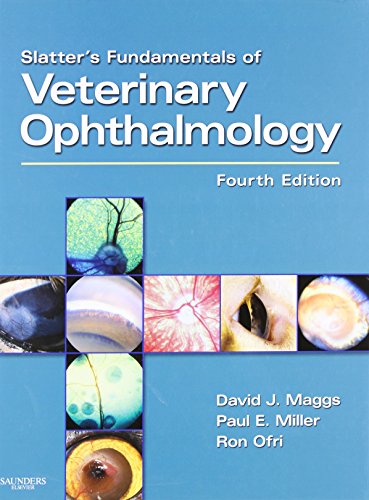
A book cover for Slatter's Fundamentals of Veterinary Ophthalmology, 4e; David Maggs BVSc(Hons)  DAVCO; Medical Books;